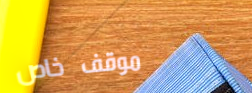
موقف خاص